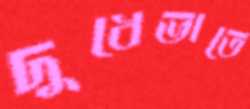
দুধেভাতে